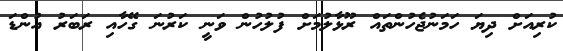
ކުރިއަށް ދިޔަ ހަމަނުޖެހުންތައް ރޫޅާލުމަށް ފުލުހުން ވަނީ ކަރުނަ ގޭހާއި ރަބަރު އުންޑަ